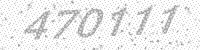
Solution: 470111